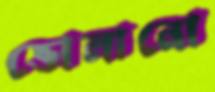
ভোলানো